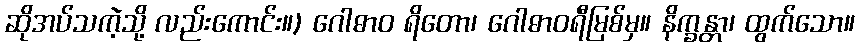
ဆိုအပ်သကဲ့သို့ လည်းကောင်း။) ဂေါဓာဝ ရိတော၊ ဂေါဓာဝရီမြစ်မှ။ နိက္ခန္တာ၊ ထွက်သော။